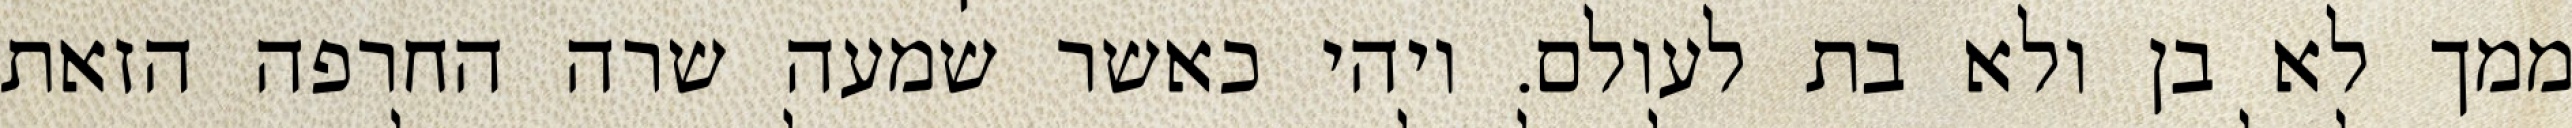
ממך לא בן ולא בת לעולם. ויהי כאשר שמעה שרה החרפה הזאת